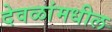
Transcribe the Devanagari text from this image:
देवळांमधील